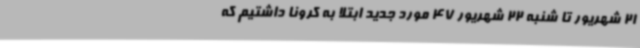
21 شهریور تا شنبه 22 شهریور 47 مورد جدید ابتلا به کرونا داشتیم که